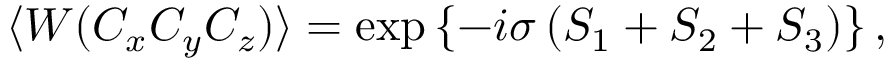
\langle W ( C _ { x } C _ { y } C _ { z } ) \rangle = \exp \left\{ - i \sigma \left( S _ { 1 } + S _ { 2 } + S _ { 3 } \right) \right\} ,